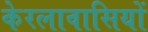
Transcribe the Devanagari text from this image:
केरलावासियों